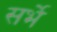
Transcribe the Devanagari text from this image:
सर्भे